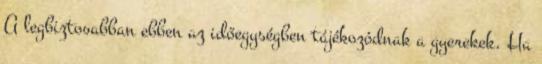
A legbiztosabban ebben az időegységben tájékozódnak a gyerekek. Ha